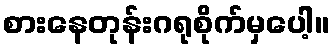
စားနေတုန်းဂရုစိုက်မှပေါ့။